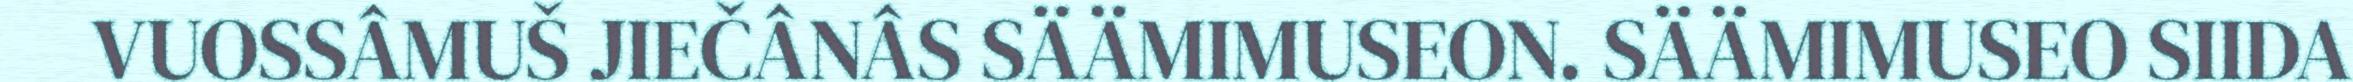
VUOSSÂMUŠ JIEČÂNÂS SÄÄMIMUSEON. SÄÄMIMUSEO SIIDA